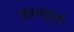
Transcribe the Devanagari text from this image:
सहसबुद्धे